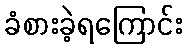
ခံစားခဲ့ရကြောင်း